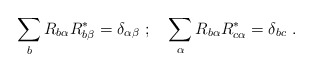
\begin{align*}\sum_{b} R_{b\alpha}R_{b\beta}^*=\delta_{\alpha\beta}\ ; \ \ \ \sum_{\alpha} R_{b\alpha}R_{c\alpha}^*=\delta_{bc}\ .\end{align*}